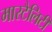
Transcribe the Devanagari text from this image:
मारटैलिटी